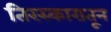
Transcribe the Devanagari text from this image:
तिरस्कारातून